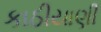
કાઠીયાણી